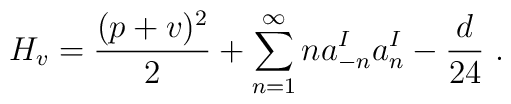
H_v ={(p+v)^2 \over 2} + \sum_{n=1}^{\infty} n a^I_{-n} a^I_{n} -{d\over{24}}~.